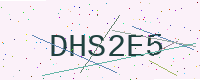
Text: DHS2E5